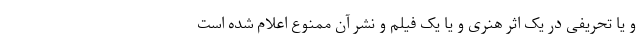
و یا تحریفی در یک اثر هنری و یا یک فیلم و نشر آن ممنوع اعلام شده است